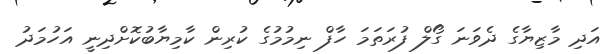
އަދި މާޒިޔާގެ ދެވަނަ ގޯލް ފުރަތަމަ ހާފް ނިމުމުގެ ކުރިން ކާމިޔާބުކޮށްދިނީ އަހުމަދު